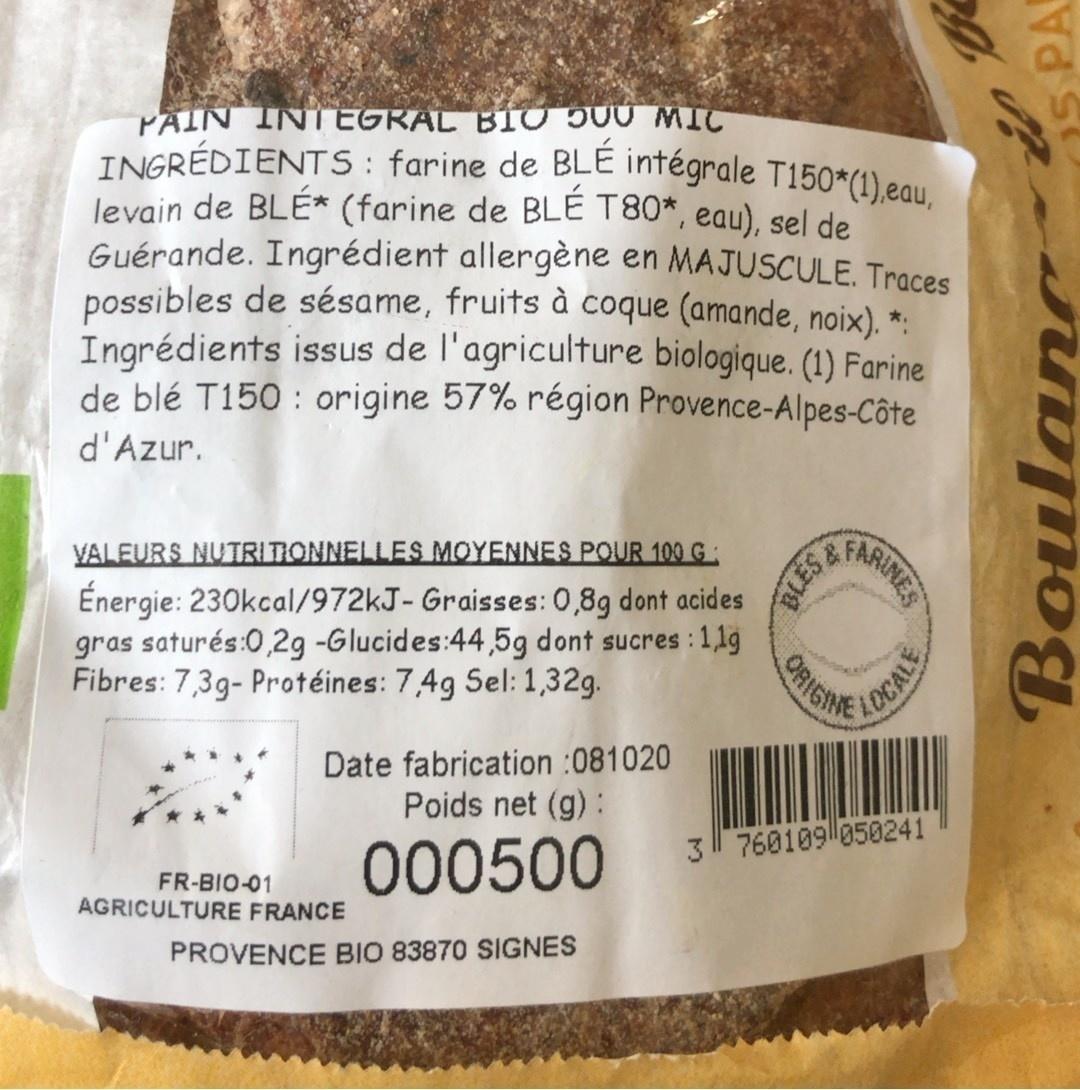
PÄIN INI EGRAL B1O 500 MIC
INGRÉDIENTS : farine de BLÉ intégrale T150*(1),eau, levain de BLÉ* (farine de BLE T80*, eau), sel de Guérande. Ingrédient allergène en MAJUSCULE. Traces possibles de sésame, fruits à coque (amande, noix). *: Ingrédients issus de l'agriculture biologique. (1) Farine de blé T150 : origine 57% région Provence-Alpes-Côte
d'Azur.
VALEURS NUTRI TIONNELLES MOYENNES POUR 100 G:
Énergie: 230kcal/972KJ- Graisses: 0,89 dont acides gras saturés:0,2g -Glucides:44,5g dont sucres : 1,1g Fibres: 7,3g- Protéines: 7,4g Sel: 1,32g.
Date fabrication :081020 Poids net (g):
000500
3 760109|050241
FR-BIO-01 AGRICULTURE FRANCE
PROVENCE BIO 83870 SIGNES
Boulanc De S PA
ARINES
BLES